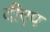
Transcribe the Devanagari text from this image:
दीएप